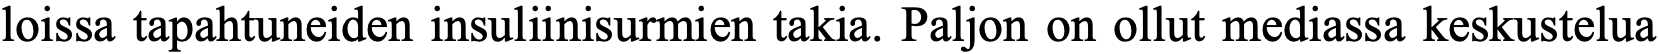
loissa tapahtuneiden insuliinisurmien takia. Paljon on ollut mediassa keskustelua